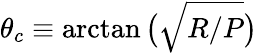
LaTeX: \theta_{c}\equiv\arctan\big(\sqrt{R/P}\big)